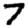
Digit: 7